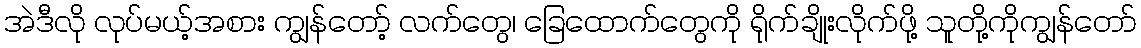
အဲဒီလို လုပ်မယ့်အစား ကျွန်တော့် လက်တွေ၊ ခြေထောက်တွေကို ရိုက်ချိုးလိုက်ဖို့ သူတို့ကိုကျွန်တော်